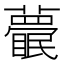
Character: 𥌱